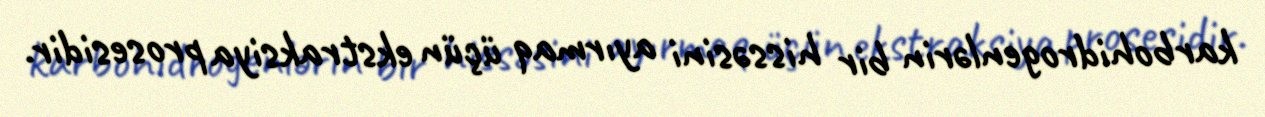
karbohidrogenlərin bir hissəsini ayırmaq üçün ekstraksiya prosesidir.